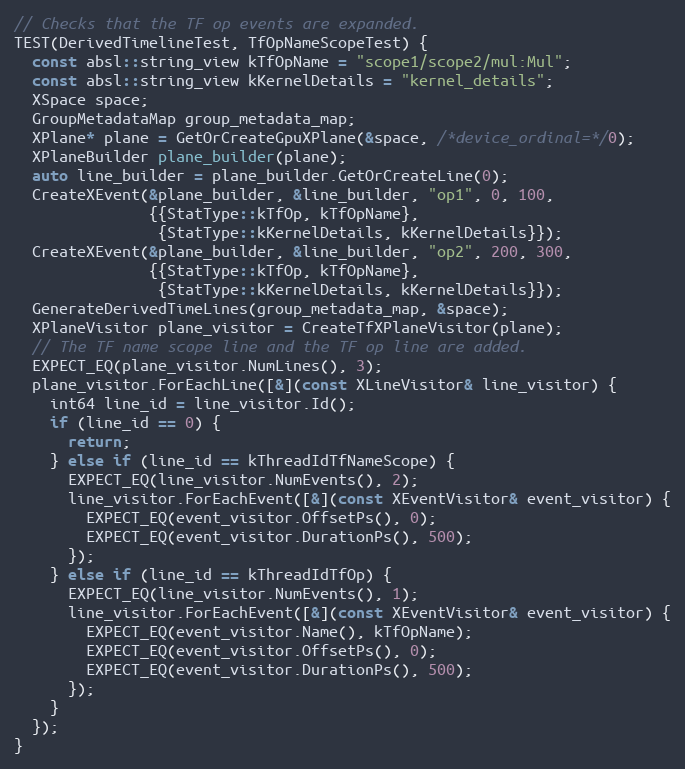
Language: C++
// Checks that the TF op events are expanded.
TEST(DerivedTimelineTest, TfOpNameScopeTest) {
  const absl::string_view kTfOpName = "scope1/scope2/mul:Mul";
  const absl::string_view kKernelDetails = "kernel_details";
  XSpace space;
  GroupMetadataMap group_metadata_map;
  XPlane* plane = GetOrCreateGpuXPlane(&space, /*device_ordinal=*/0);
  XPlaneBuilder plane_builder(plane);
  auto line_builder = plane_builder.GetOrCreateLine(0);
  CreateXEvent(&plane_builder, &line_builder, "op1", 0, 100,
               {{StatType::kTfOp, kTfOpName},
                {StatType::kKernelDetails, kKernelDetails}});
  CreateXEvent(&plane_builder, &line_builder, "op2", 200, 300,
               {{StatType::kTfOp, kTfOpName},
                {StatType::kKernelDetails, kKernelDetails}});
  GenerateDerivedTimeLines(group_metadata_map, &space);
  XPlaneVisitor plane_visitor = CreateTfXPlaneVisitor(plane);
  // The TF name scope line and the TF op line are added.
  EXPECT_EQ(plane_visitor.NumLines(), 3);
  plane_visitor.ForEachLine([&](const XLineVisitor& line_visitor) {
    int64 line_id = line_visitor.Id();
    if (line_id == 0) {
      return;
    } else if (line_id == kThreadIdTfNameScope) {
      EXPECT_EQ(line_visitor.NumEvents(), 2);
      line_visitor.ForEachEvent([&](const XEventVisitor& event_visitor) {
        EXPECT_EQ(event_visitor.OffsetPs(), 0);
        EXPECT_EQ(event_visitor.DurationPs(), 500);
      });
    } else if (line_id == kThreadIdTfOp) {
      EXPECT_EQ(line_visitor.NumEvents(), 1);
      line_visitor.ForEachEvent([&](const XEventVisitor& event_visitor) {
        EXPECT_EQ(event_visitor.Name(), kTfOpName);
        EXPECT_EQ(event_visitor.OffsetPs(), 0);
        EXPECT_EQ(event_visitor.DurationPs(), 500);
      });
    }
  });
}